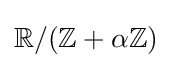
\mathbb {R} /(\mathbb {Z} +\alpha \mathbb {Z} )